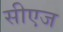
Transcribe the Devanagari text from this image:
सीएज